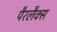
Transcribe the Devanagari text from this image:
पैरलैक्स